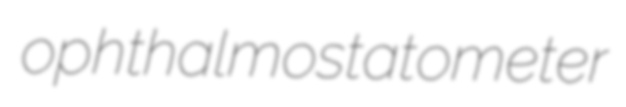
ophthalmostatometer